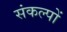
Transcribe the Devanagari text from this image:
संकल्‍पों